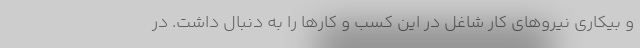
و بیکاری نیروهای کار شاغل در این کسب و کارها را به دنبال داشت. در